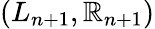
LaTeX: (L_{n+1},\mathbb{R}_{n+1})